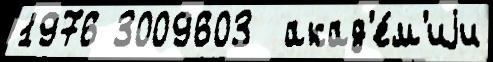
1976 3009603  акад'е́м'иjи